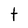
Character: t